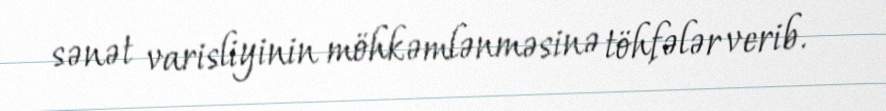
sənət varisliyinin möhkəmlənməsinə töhfələr verib.